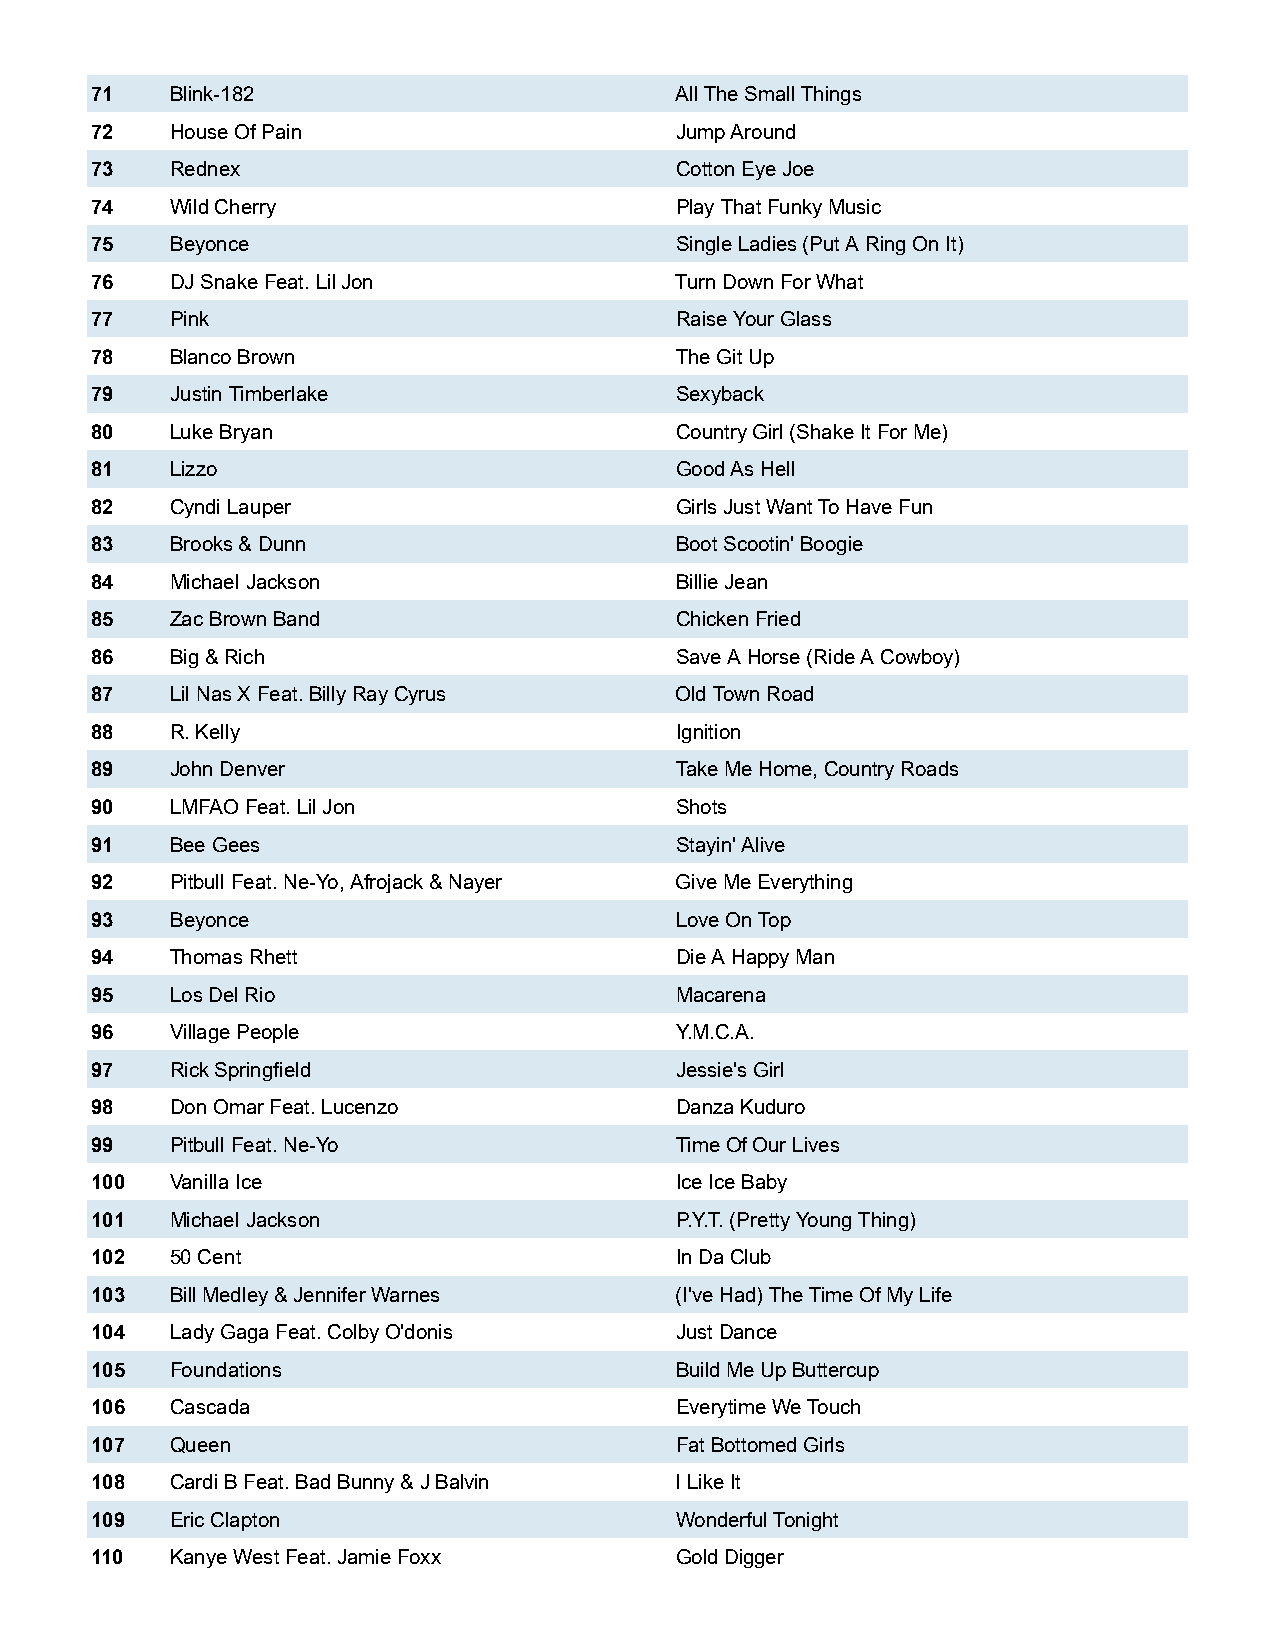
71   Blink-182                         All The Small Things
 72   House Of Pain                     Jump Around
 73   Rednex                            Cotton Eye Joe
 74   Wild Cherry                       Play That Funky Music
 75   Beyonce                           Single Ladies (Put A Ring On It)
 76   DJ Snake Feat. Lil Jon            Turn Down For What
 77   Pink                              Raise Your Glass
 78   Blanco Brown                      The Git Up
 79   Justin Timberlake                 Sexyback
 80   Luke Bryan                        Country Girl (Shake It For Me)
 81   Lizzo                             Good As Hell
 82   Cyndi Lauper                      Girls Just Want To Have Fun
 83   Brooks & Dunn                     Boot Scootin' Boogie
 84   Michael Jackson                   Billie Jean
 85   Zac Brown Band                    Chicken Fried
 86   Big & Rich                        Save A Horse (Ride A Cowboy)
 87   Lil Nas X Feat. Billy Ray Cyrus   Old Town Road
 88   R. Kelly                          Ignition
 89   John Denver                       Take Me Home, Country Roads
 90   LMFAO Feat. Lil Jon               Shots
 91   Bee Gees                          Stayin' Alive
 92   Pitbull Feat. Ne-Yo, Afrojack & Nayer Give Me Everything
 93   Beyonce                           Love On Top
 94   Thomas Rhett                      Die A Happy Man
 95   Los Del Rio                       Macarena
 96   Village People                    Y.M.C.A.
 97   Rick Springfield                  Jessie's Girl
 98   Don Omar Feat. Lucenzo            Danza Kuduro
 99   Pitbull Feat. Ne-Yo               Time Of Our Lives
 100  Vanilla Ice                       Ice Ice Baby
 101  Michael Jackson                   P.Y.T. (Pretty Young Thing)
 102  50 Cent                           In Da Club
 103  Bill Medley & Jennifer Warnes     (I've Had) The Time Of My Life
 104  Lady Gaga Feat. Colby O'donis     Just Dance
 105  Foundations                       Build Me Up Buttercup
 106  Cascada                           Everytime We Touch
 107  Queen                             Fat Bottomed Girls
 108  Cardi B Feat. Bad Bunny & J Balvin I Like It
 109  Eric Clapton                      Wonderful Tonight
 110  Kanye West Feat. Jamie Foxx       Gold Digger